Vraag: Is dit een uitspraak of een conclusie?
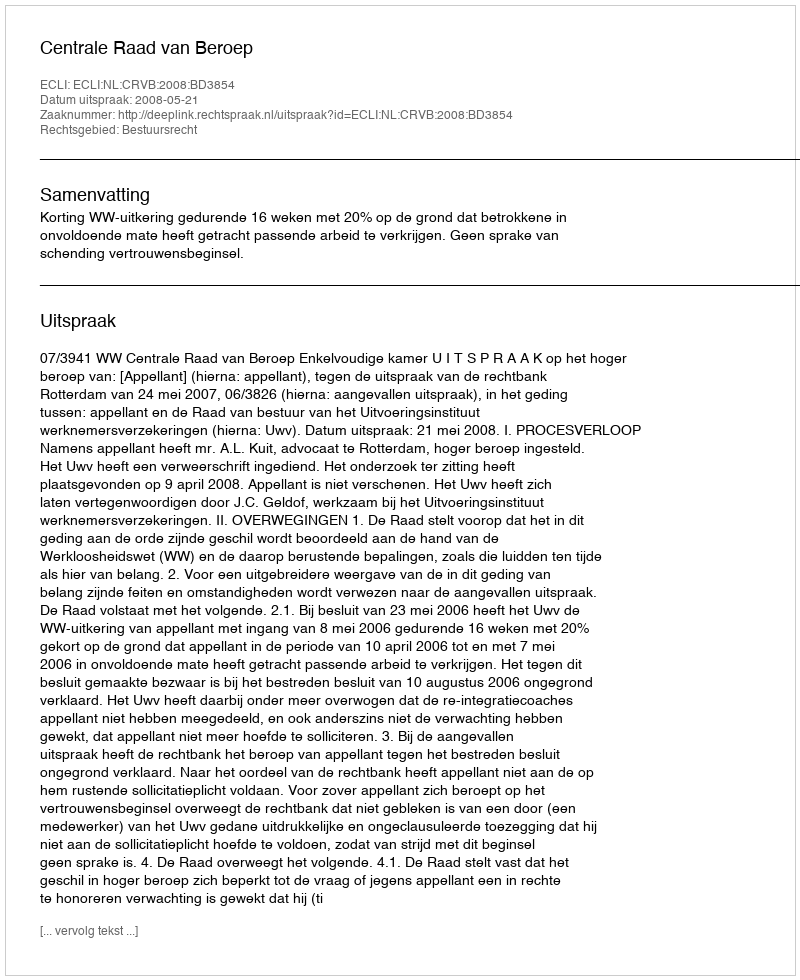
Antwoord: Uitspraak